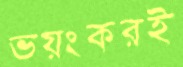
ভয়ংকরই